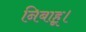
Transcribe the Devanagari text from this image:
निबाहू।